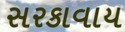
સરકાવાય